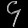
Digit: ၄